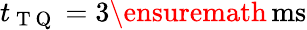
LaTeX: t_{\mathrm{~T~Q~}}=3\ensuremath{\, \mathrm{ms}}